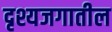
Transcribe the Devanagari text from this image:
दृश्यजगातील